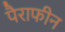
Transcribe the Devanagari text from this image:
पैराफीन